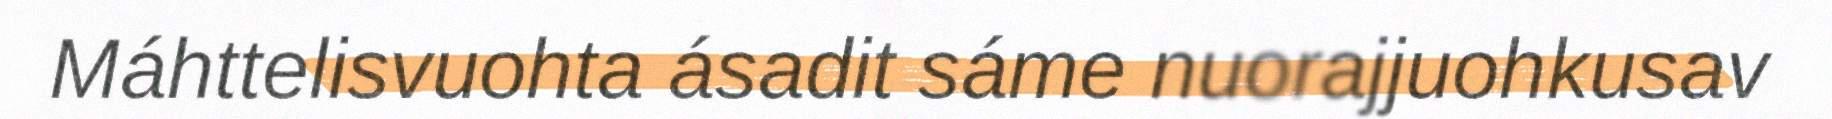
Máhttelisvuohta ásadit sáme nuorajjuohkusav